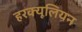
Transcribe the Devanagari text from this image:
हरक्यूलियन